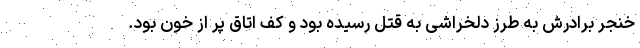
خنجر برادرش به طرز دلخراشی به قتل رسیده بود و کف اتاق پر از خون بود.